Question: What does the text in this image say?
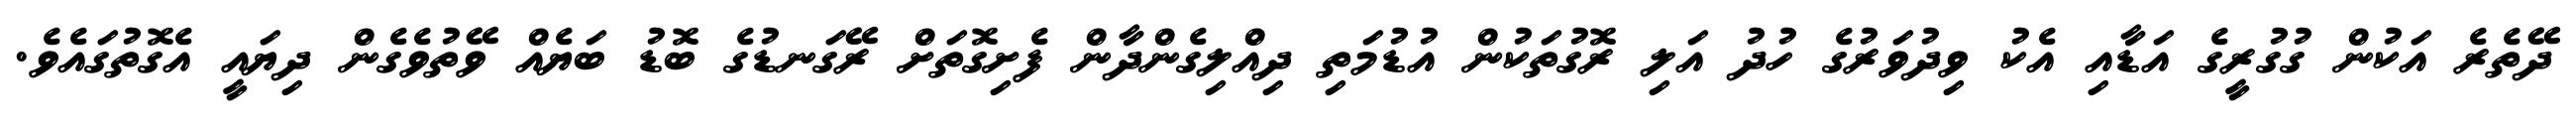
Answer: ދޭތެރެ އަކުން ގުގުރީގެ އަޑާއި އެކު ވިދުވަރުގެ ހުދު އަލި ރޮގުތަކުން އުޑުމަތި ދިއްލިގެންދާން ފެށިގޮތަށް ރޭގަނޑުގެ ބޮޑު ބަޔެއް ވޭތުވެގެން ދިޔައީ އެގޮތުގައެވެ.